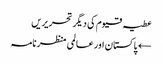
عطیہ قیوم کی دیگر تحریریں
← پاکستان اور عالمی منظر نامہ